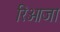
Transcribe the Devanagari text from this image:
रिओजा